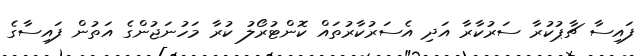
ފައިސާ ޗާޕުކުރާ ސަރުކާރާ އަދި އެސަރުކާރުތައް ކޮންޓުރޯލު ކުރާ މަހުނަޖުންގެ އަތުން ފައިސާގެ